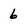
Character: 6